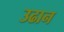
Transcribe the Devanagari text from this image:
उढान